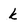
Character: k